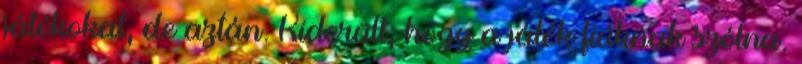
játékokat, de aztán. Kiderült, hogy a játék fiúknak szólna.